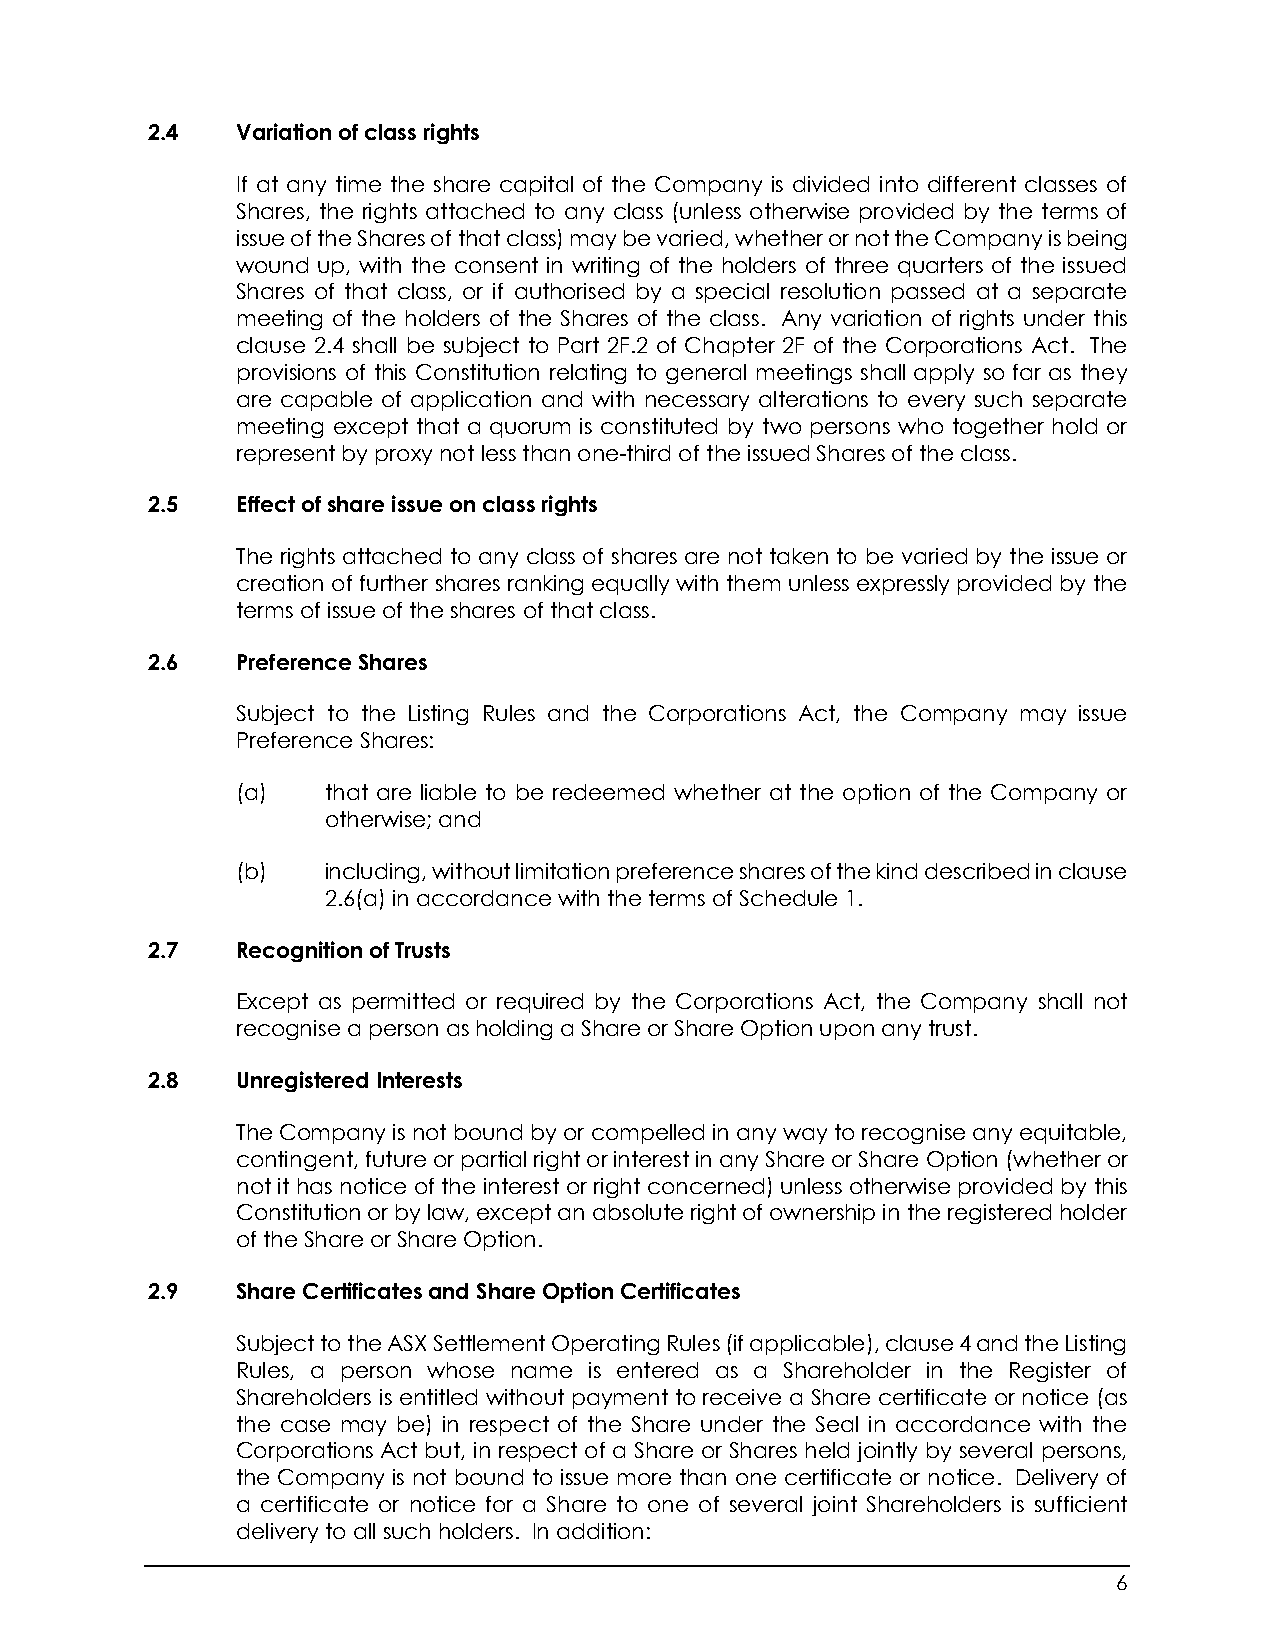
2.4   Variation of class rights
 If at any time the share capital of the Company is divided into different classes of
 Shares, the rights attached to any class (unless otherwise provided by the terms of
 issue of the Shares of that class) may be varied, whether or not the Company is being
 wound up, with the consent in writing of the holders of three quarters of the issued
 Shares of that class, or if authorised by a special resolution passed at a separate
 meeting of the holders of the Shares of the class. Any variation of rights under this
 clause 2.4 shall be subject to Part 2F.2 of Chapter 2F of the Corporations Act. The
 provisions of this Constitution relating to general meetings shall apply so far as they
 are capable of application and with necessary alterations to every such separate
 meeting except that a quorum is constituted by two persons who together hold or
 represent by proxy not less than one-third of the issued Shares of the class.
 2.5   Effect of share issue on class rights
 The rights attached to any class of shares are not taken to be varied by the issue or
 creation of further shares ranking equally with them unless expressly provided by the
 terms of issue of the shares of that class.
 2.6   Preference Shares
 Subject to the Listing Rules and the Corporations Act, the Company may issue
 Preference Shares:
 (a)   that are liable to be redeemed whether at the option of the Company or
 otherwise; and
 (b)   including, without limitation preference shares of the kind described in clause
 2.6(a) in accordance with the terms of Schedule 1.
 2.7   Recognition of Trusts
 Except as permitted or required by the Corporations Act, the Company shall not
 recognise a person as holding a Share or Share Option upon any trust.
 2.8   Unregistered Interests
 The Company is not bound by or compelled in any way to recognise any equitable,
 contingent, future or partial right or interest in any Share or Share Option (whether or
 not it has notice of the interest or right concerned) unless otherwise provided by this
 Constitution or by law, except an absolute right of ownership in the registered holder
 of the Share or Share Option.
 2.9   Share Certificates and Share Option Certificates
 Subject to the ASX Settlement Operating Rules (if applicable), clause 4 and the Listing
 Rules, a person whose name is entered as a Shareholder in the Register of
 Shareholders is entitled without payment to receive a Share certificate or notice (as
 the case may be) in respect of the Share under the Seal in accordance with the
 Corporations Act but, in respect of a Share or Shares held jointly by several persons,
 the Company is not bound to issue more than one certificate or notice. Delivery of
 a certificate or notice for a Share to one of several joint Shareholders is sufficient
 delivery to all such holders. In addition:
 6